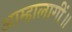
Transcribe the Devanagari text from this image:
आम्हालागीं॥